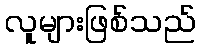
လူများဖြစ်သည်